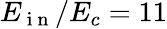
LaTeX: E_{\mathrm{~i~n~}}/E_{c}=11